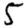
Digit: 5